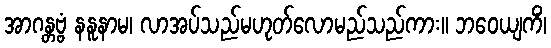
အာဂန္တဗ္ဗံ နနူနာမ၊ လာအပ်သည်မဟုတ်လောမည်သည်ကား။ ဘဝေယျကိံ၊